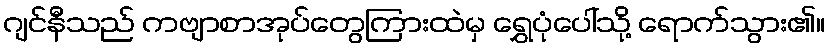
ဂျင်နီသည် ကဗျာစာအုပ်တွေကြားထဲမှ ရွှေပုံပေါ်သို့ ရောက်သွား၏။